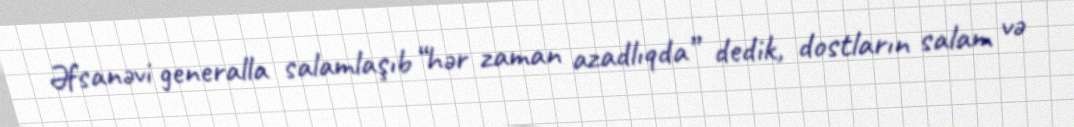
Əfsanəvi generalla salamlaşıb “hər zaman azadlıqda” dedik, dostların salam və